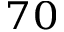
^ { 7 0 }